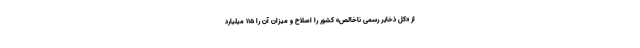
از «کل ذخایر رسمی ناخالص» کشور را اصلاح و میزان آن را ۱۱۵ میلیارد